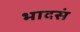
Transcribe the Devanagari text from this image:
भादसं